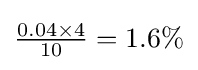
{\tfrac {0.04\times 4}{10}}=1.6\%